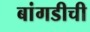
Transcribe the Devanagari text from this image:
बांगडीची